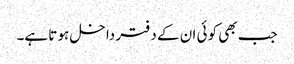
جب بھی کو ئی ان کے دفتر داخل ہو تا ہے۔